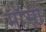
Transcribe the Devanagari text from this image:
मॉसों